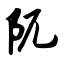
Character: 阢